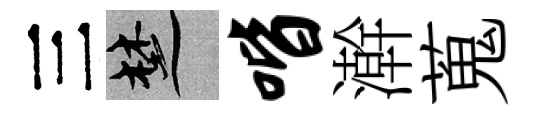
三楚喈澣蒐